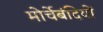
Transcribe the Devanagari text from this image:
मोर्चेबंदियों